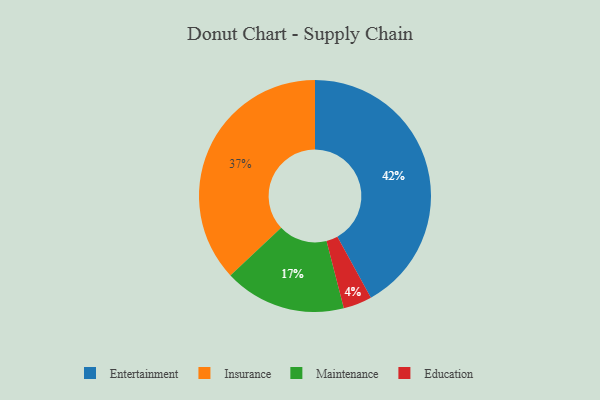
{"axis": {"x": "Category", "y": "Percentage"}, "legend": ["Education", "Entertainment", "Insurance", "Maintenance"], "data": [{"x": "Insurance", "y": 37, "type": "Insurance"}, {"x": "Education", "y": 4, "type": "Education"}, {"x": "Maintenance", "y": 17, "type": "Maintenance"}, {"x": "Entertainment", "y": 42, "type": "Entertainment"}]}